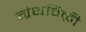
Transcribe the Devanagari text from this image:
ग्रंथविक्री